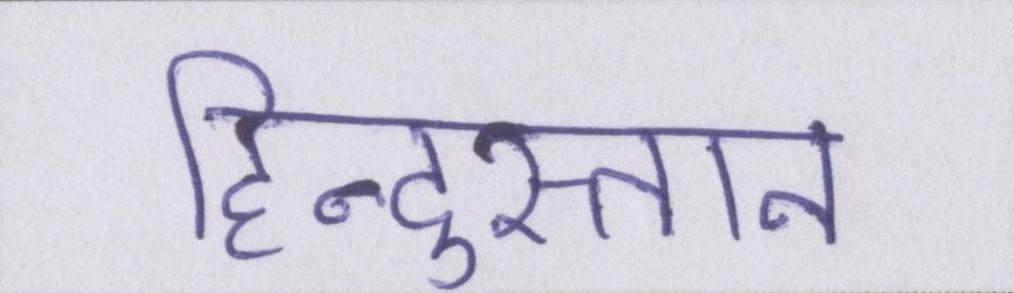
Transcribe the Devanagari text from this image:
हिन्दुस्तान